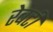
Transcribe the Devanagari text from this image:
रेबर्टी